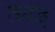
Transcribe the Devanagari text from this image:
तरड्